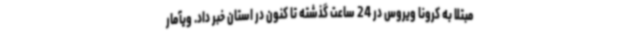
مبتلا به کرونا ویروس در 24 ساعت گذشته تا کنون در استان خبر داد. ویآمار